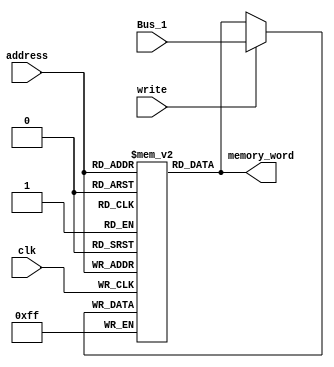
/*
* the risc msf has three components including processing unit,control unit and
* memory unit.
  * this is Memory unit
* */
/*
* */
module Memory_Unit #(parameter word_size=8,
                    parameter depth=256)
(
input clk,
input [word_size-1:0] Bus_1,
input [word_size-1:0] address,
input write,
output  [word_size-1:0] memory_word
);

reg [word_size-1:0] memory [depth-1:0];

assign memory_word = memory[address];

always@(posedge clk) begin
  memory[address] <= (write==1)?Bus_1:memory[address];
end

endmodule